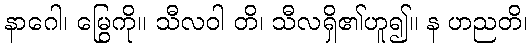
နာဂေါ၊ မြွေကို။ သီလဝါ တိ၊ သီလရှိ၏ဟူ၍။ န ဟညတိ၊